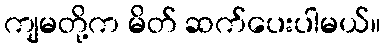
ကျမတို့က မိတ် ဆက်ပေးပါမယ်။